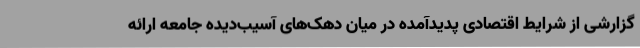
گزارشی از شرایط اقتصادی پدیدآمده در میان دهک‌های آسیب‌دیده جامعه ارائه